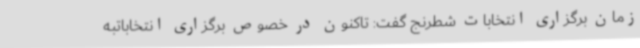
زمان برگزاری انتخابات شطرنج گفت: تاکنون در خصوص برگزاری انتخاباتبه